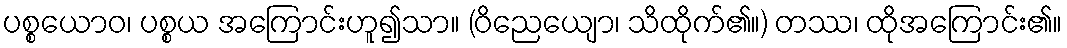
ပစ္စယောဝ၊ ပစ္စယ အကြောင်းဟူ၍သာ။ (ဝိညေယျော၊ သိထိုက်၏။) တဿ၊ ထိုအကြောင်း၏။